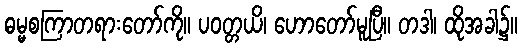
ဓမ္မစကြာတရားတော်ကို။ ပဝတ္တယိ၊ ဟောတော်မူပြီ။ တဒါ၊ ထိုအခါ၌။